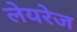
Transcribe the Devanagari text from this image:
लेयरेज